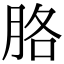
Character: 胳